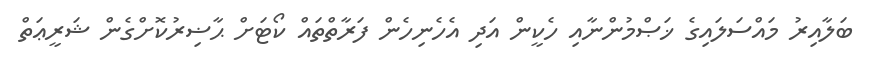
ބަލާއިރު މައްސަލައިގެ ޚަޞްމުންނާއި ހެކީން އަދި އެހެނިހެން ފަރާތްތައް ކޯޓަށް ޙާޟިރުކޮށްގެން ޝަރީޢަތް